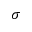
\sigma